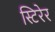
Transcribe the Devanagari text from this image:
स्टिरेर